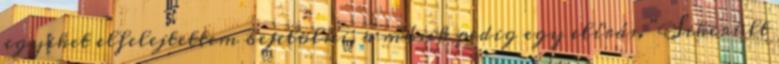
egyiket elfelejtettem bejelölni, a másik pedig egy elírás. "Sikerült